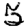
Digit: 5